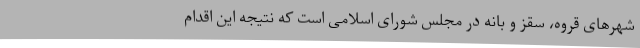
شهرهای قروه، سقز و بانه در مجلس شورای اسلامی است که نتیجه این اقدام